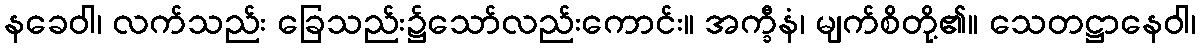
နခေဝါ၊ လက်သည်း ခြေသည်း၌သော်လည်းကောင်း။ အက္ခီနံ၊ မျက်စိတို့၏။ သေတဋ္ဌာနေဝါ၊